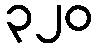
၃၂၀